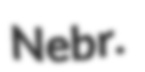
Nebr.